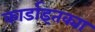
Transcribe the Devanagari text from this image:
कार्डाइतक्या